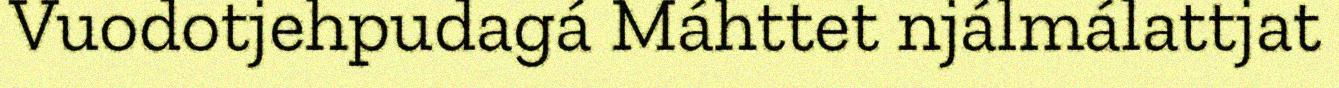
Vuodotjehpudagá Máhttet njálmálattjat